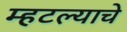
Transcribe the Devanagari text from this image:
म्हटल्याचे